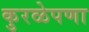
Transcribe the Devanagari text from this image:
कुरळेपणा